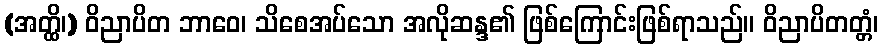
(အတ္ထိ၊) ဝိညာပိတ ဘာဝေ၊ သိစေအပ်သော အလိုဆန္ဒ၏ ဖြစ်ကြောင်းဖြစ်ရာသည်။ ဝိညာပိတတ္တံ၊